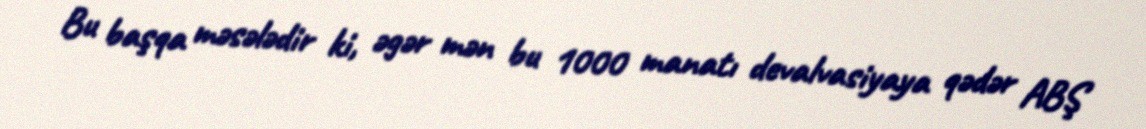
Bu başqa məsələdir ki, əgər mən bu 1000 manatı devalvasiyaya qədər ABŞ